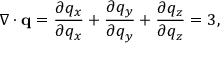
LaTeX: \nabla \cdot \mathbf { q } = { \frac { \partial q _ { x } } { \partial q _ { x } } } + { \frac { \partial q _ { y } } { \partial q _ { y } } } + { \frac { \partial q _ { z } } { \partial q _ { z } } } = 3 ,